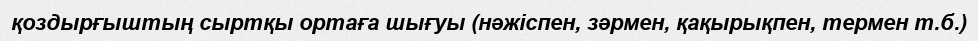
қоздырғыштың сыртқы ортаға шығуы (нәжіспен, зәрмен, қақырықпен, термен т.б.)